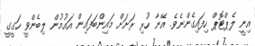
އިނީ ލެޕްޓޮޕް ހިފައިގެންނެވެ. އޭނާ ހުރި ރަށަށް މައިންބަފައިން އައުމުން ލިބެންވީ ހަގީގީ